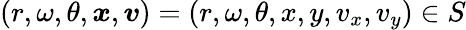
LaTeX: (r,\omega,\theta,\boldsymbol{x},\boldsymbol{v})=(r,\omega,\theta,x,y,v_{x},v_{y})\in S